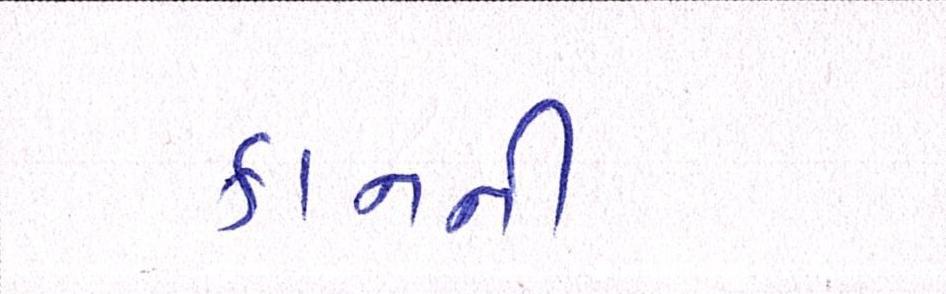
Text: કાનનની